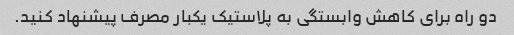
دو راه برای کاهش وابستگی به پلاستیک یکبار مصرف پیشنهاد کنید.